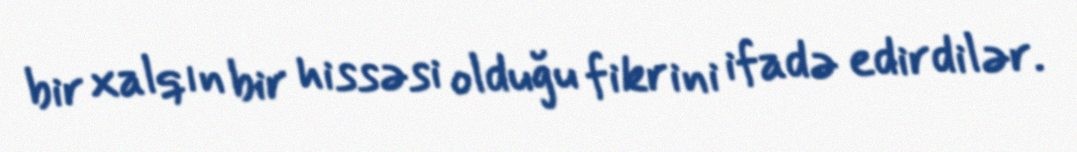
bir xalqın bir hissəsi olduğu fikrini ifadə edirdilər.